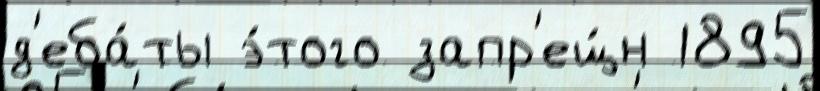
д'еба́ты э́того запр'ещ́н 1895